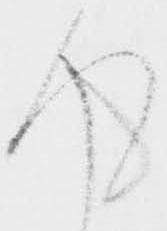
得